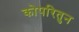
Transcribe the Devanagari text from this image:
कोपरितुन